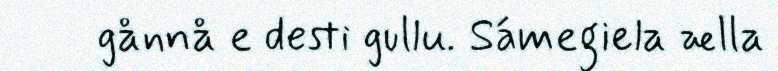
gånnå e desti gullu. Sámegiela ælla